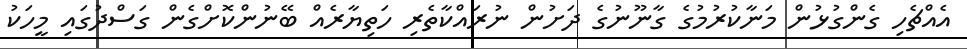
އެއްޗެހި ގެންގުޅުން މަނާކުރުމުގެ ގާނޫނުގެ ދަށުން ނުރައްކާތެރި ހަތިޔާރެއް ބޭނުންކޮށްގެން ގަސްދުގައި މީހަކު